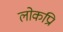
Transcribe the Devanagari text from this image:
लोकप्रि।